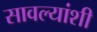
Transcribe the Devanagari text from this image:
सावल्यांशी